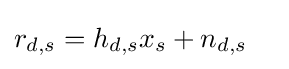
r_{d,s}=h_{d,s}x_{s}+n_{d,s}\quad